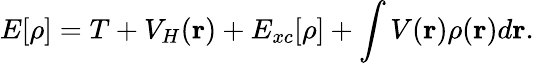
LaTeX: E[\rho]=T+V_{H}(\mathbf{r})+E_{xc}[\rho]+\int V(\mathbf{r})\rho(\mathbf{r})d\mathbf{r}.